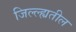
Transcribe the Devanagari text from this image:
जिल्ल्ह्यतील